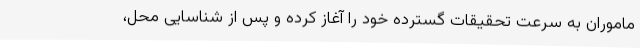
ماموران به سرعت تحقیقات گسترده خود را آغاز کرده و پس از شناسایی محل،